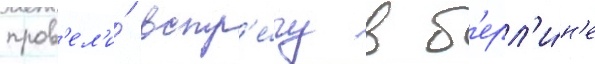
пров'ел'и́ встр'е́чу в б'ерл'и́н'е